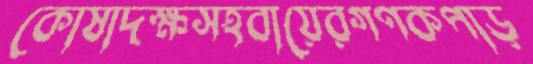
কোষাদক্ষসহবায়েরগণকপাড়